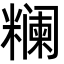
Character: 𬖺